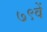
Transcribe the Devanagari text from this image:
७९वें